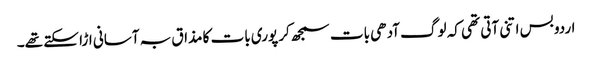
اردو بس اتنی آتی تھی کہ لوگ آدھی بات سمجھ کر پوری بات کا مذاق بہ آسانی اڑا سکتے تھے۔